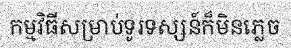
កម្មវិធីសម្រាប់ទូរទស្សន៍ក៏មិនភ្លេច